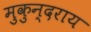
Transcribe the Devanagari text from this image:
मुकुन्दराय